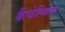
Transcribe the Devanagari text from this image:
कैंचेल्किस